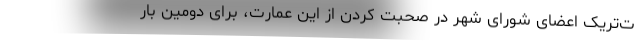
ت‌تریک اعضای شورای شهر در صحبت کردن از این عمارت، برای دومین بار